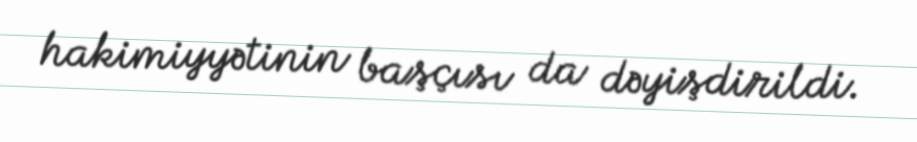
hakimiyyətinin başçısı da dəyişdirildi.